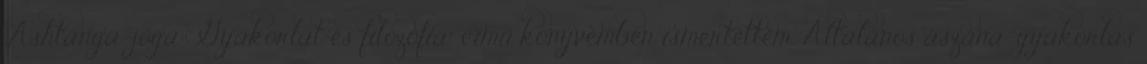
„Ashtanga-jóga: Gyakorlat és filozófia” című könyvemben ismertettem. Általános ászana-gyakorlás